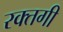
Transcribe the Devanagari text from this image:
रक्तगी